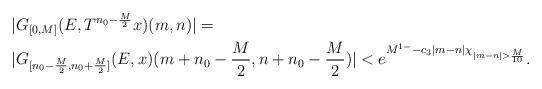
LaTeX: \begin{align*} &|G_{[0,M]}(E,T^{n_{0}-\frac{M}{2}}x)(m,n)|= \\ &|G_{[n_{0}-\frac{M}{2},n_{0}+\frac{M}{2}]}(E,x)(m+n_{0}-\frac{M}{2},n+n_{0}-\frac{M}{2})|<e^{M^{1-}-c_3|m-n|\chi_{|m-n|>\frac{M}{10}}}. \end{align*}